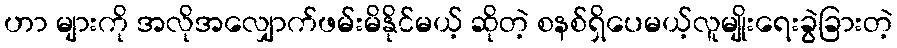
ဟာ များကို အလိုအလျှောက်ဖမ်းမိနိုင်မယ့် ဆိုတဲ့ စနစ်ရှိပေမယ့်လူမျိုးရေးခွဲခြားတဲ့